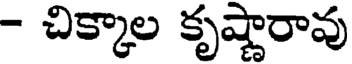
- చిక్కాల కృష్ణారావు